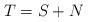
LaTeX: \begin{align*}T=S+N \end{align*}